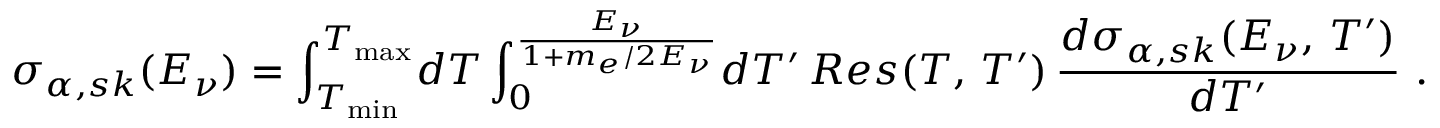
\sigma _ { \alpha , s k } ( E _ { \nu } ) = \int _ { T _ { \mathrm { m i n } } } ^ { T _ { \mathrm { m a x } } } \! d T \int _ { 0 } ^ { \frac { E _ { \nu } } { 1 + m _ { e } / 2 E _ { \nu } } } \! d T ^ { \prime } \, R e s ( T , \, T ^ { \prime } ) \, \frac { d \sigma _ { \alpha , s k } ( E _ { \nu } , \, T ^ { \prime } ) } { d T ^ { \prime } } \ .